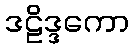
ဒဠိဒ္ဒကော